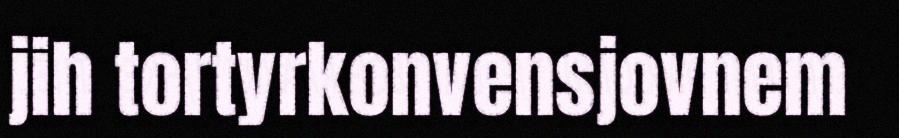
jih tortyrkonvensjovnem